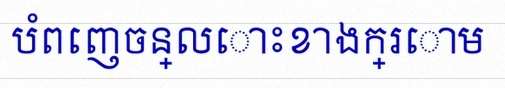
បំពេញចន្លោះខាងក្រោម